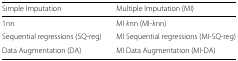
<table><thead><tr><td><b>Simple Imputation</b></td><td><b>Multiple Imputation (MI)</b></td></tr></thead><tbody><tr><td>1nn</td><td>MI <i>k</i>nn (MI-<i>k</i>nn)</td></tr><tr><td>Sequential regressions (SQ-reg)</td><td>MI Sequential regressions (MI-SQ-reg)</td></tr><tr><td>Data Augmentation (DA)</td><td>MI Data Augmentation (MI-DA)</td></tr></tbody></table>